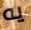
يه